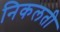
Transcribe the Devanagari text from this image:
निकलती